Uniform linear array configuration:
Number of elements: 24
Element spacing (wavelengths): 1
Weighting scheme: blackman
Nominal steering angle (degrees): -45
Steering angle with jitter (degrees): -44.75
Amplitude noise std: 0.05
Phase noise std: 0.05

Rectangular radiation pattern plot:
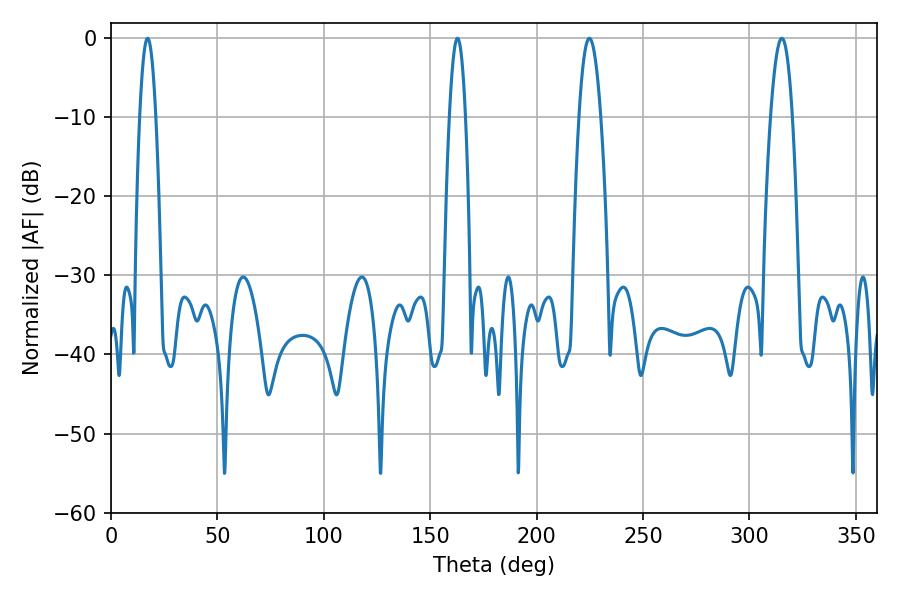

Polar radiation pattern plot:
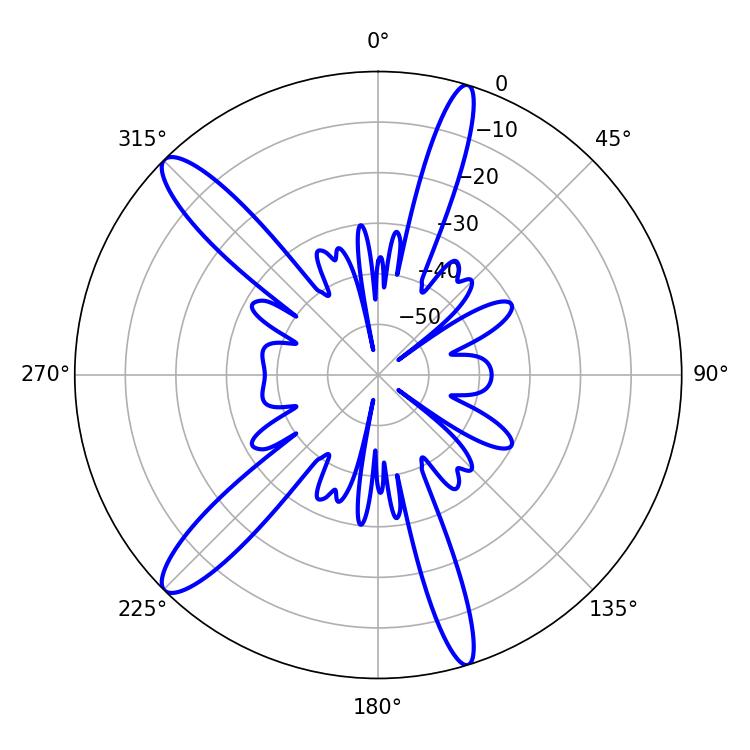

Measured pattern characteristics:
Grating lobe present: TRUE
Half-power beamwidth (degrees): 5.58
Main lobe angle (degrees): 224.82